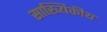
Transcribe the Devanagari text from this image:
साख्यिकीय